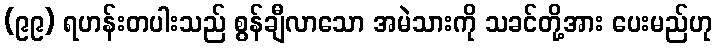
(၉၉) ရဟန်းတပါးသည် စွန်ချီလာသော အမဲသားကို သခင်တို့အား ပေးမည်ဟု